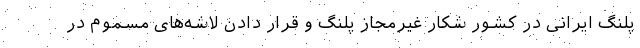
پلنگ ایرانی در کشور شکار غیرمجاز پلنگ و قرار دادن لاشه‌های مسموم در